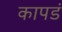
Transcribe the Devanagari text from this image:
कापडं